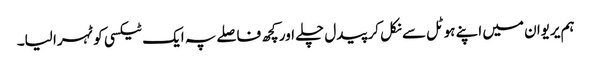
ہم یریوان میں اپنے ہوٹل سے نکل کر پیدل چلے اور کچھ فاصلے پہ ایک ٹیکسی کو ٹہرا لیا۔